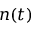
n ( t )